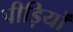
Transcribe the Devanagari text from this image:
पीड़ियों